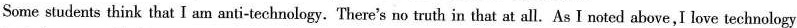
Some students think that I am anti-technology.There's no truth in that at all.As I noted above,I love technology